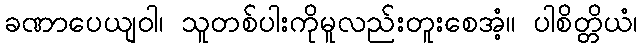
ခဏာပေယျဝါ၊ သူတစ်ပါးကိုမူလည်းတူးစေအံ့။ ပါစိတ္တိယံ၊